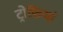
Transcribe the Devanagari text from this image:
ट्रोफ़ियां